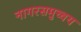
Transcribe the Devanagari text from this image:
नागरसमुच्चय